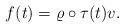
LaTeX: \begin{align*} f(t)=\varrho\circ\tau(t)v.\end{align*}